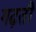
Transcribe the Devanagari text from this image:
गढ़ती